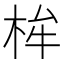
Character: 桙